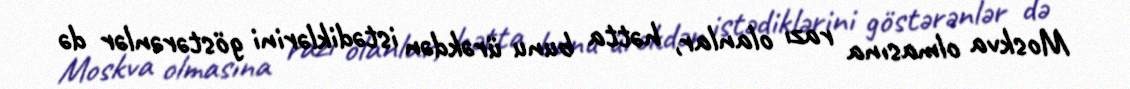
Moskva olmasına razı olanlar, hətta bunu ürəkdən istədiklərini göstərənlər də